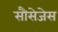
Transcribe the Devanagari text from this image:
सौसेजेस